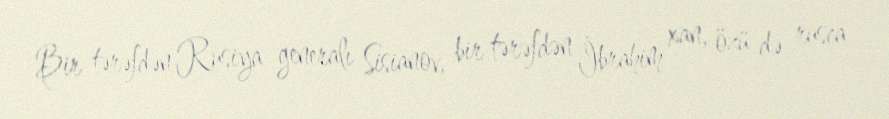
Bir tərəfdən Rusiya generalı Sisianov, bir tərəfdən İbrahim xan, özü də rusca